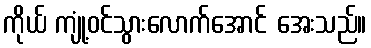
ကိုယ် ကျုံ့ဝင်သွားလောက်အောင် အေးသည်။